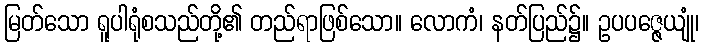
မြတ်သော ရူပါရုံစသည်တို့၏ တည်ရာဖြစ်သော။ လောကံ၊ နတ်ပြည်၌။ ဥပပဇ္ဇေယျုံ၊